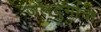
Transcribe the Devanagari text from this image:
जलदुर्गाचा